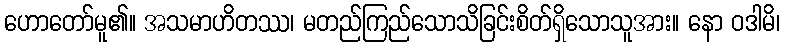
ဟောတော်မူ၏။ အသမာဟိတဿ၊ မတည်ကြည်သောသိခြင်းစိတ်ရှိသောသူအား။ နော ဝဒါမိ၊